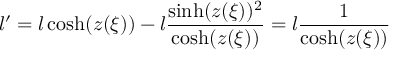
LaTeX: l ^ { \prime } = l \cosh ( z ( \xi ) ) - l \frac { \sinh ( z ( \xi ) ) ^ { 2 } } { \cosh ( z ( \xi ) ) } = l \frac { 1 } { \cosh ( z ( \xi ) ) }